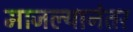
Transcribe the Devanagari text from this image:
माजल्यानंतर